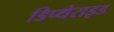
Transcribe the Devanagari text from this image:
डिप्थेराइड